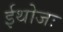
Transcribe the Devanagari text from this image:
ईथोजः